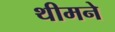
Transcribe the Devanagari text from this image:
थीमने